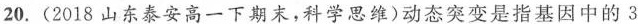
20.(2018山东泰安高一下期末，科学思维)动态突变是指基因中的3